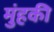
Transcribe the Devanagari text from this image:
मुंहकी